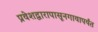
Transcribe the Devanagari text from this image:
प्रवेशद्वारापासूनगावापर्यंत